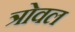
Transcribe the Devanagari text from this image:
त्रोवल